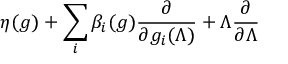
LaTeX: \eta ( g ) + \sum _ { i } \beta _ { i } ( g ) \frac { \partial } { \partial g _ { i } ( \Lambda ) } + \Lambda \frac { \partial } { \partial \Lambda }